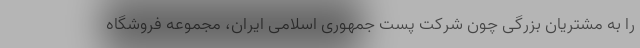
را به مشتریان بزرگی چون شرکت پست جمهوری اسلامی ایران، مجموعه فروشگاه